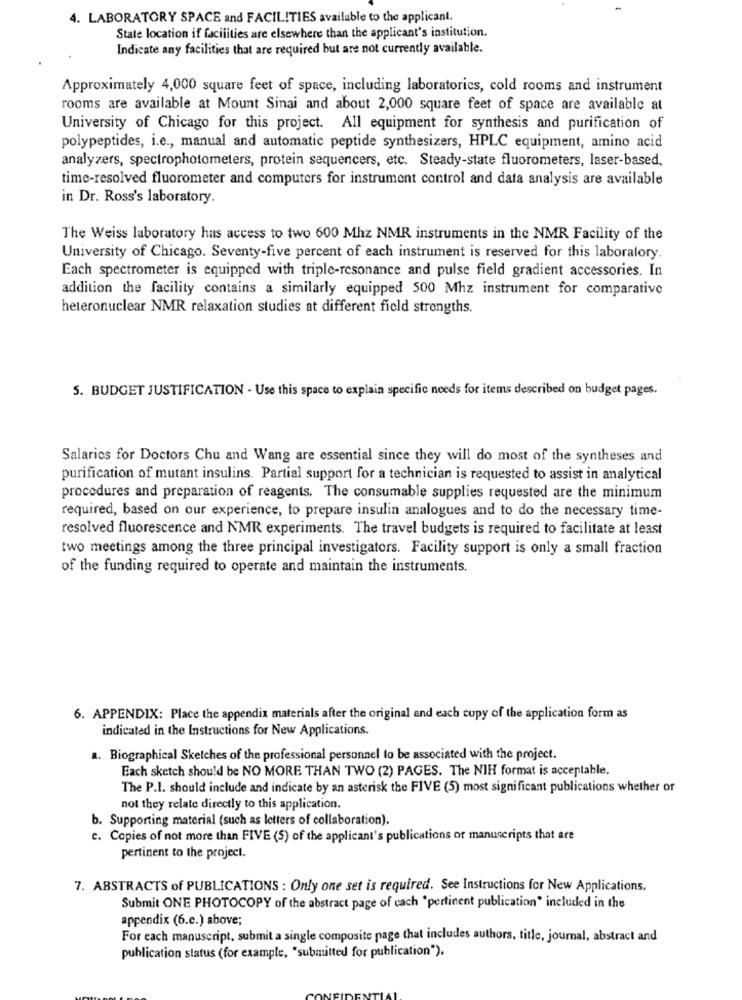
4. LABORATORY SPACE and FACILITIES available to the applicant.
State location if facilities are elsewhere than the applicant's institution.
Indicate any facilities that are required but are not currently available.
Approximately 4,000 square feet of space, including laboratorics, cold rooms and instrument
rooms are available at Mount Sinai and about 2,000 square feet of space are available at
University of Chicago for this project. All equipment for synthesis and purification of
polypeptides, i.e ., manual and automatic peptide synthesizers, HPLC equipment, amino acid
analyzers, spectrophotometers, protein sequencers, etc. Steady-state fluorometers, laser-based,
time-resolved fluorometer and computers for instrument control and data analysis are available
in Dr. Ross's laboratory.
The Weiss laboratory has access to two 600 Mhz NMR instruments in the NMR Facility of the
University of Chicago. Seventy-five percent of each instrument is reserved for this laboratory.
Each spectrometer is equipped with triple-resonance and pulse field gradient accessories. In
addition the facility contains a similarly equipped 500 Mhz instrument for comparative
heteronuclear NMR relaxation studies at different field strengths.
5. BUDGET JUSTIFICATION - Use this space to explain specific needs for items described on budget pages.
Salaries for Doctors Chu and Wang are essential since they will do most of the syntheses and
purification of mutant insulins. Partial support for a technician is requested to assist in analytical
procedures and preparation of reagents. The consumable supplies requested are the minimum
required, based on our experience, to prepare insulin analogues and to do the necessary time-
resolved fluorescence and NMR experiments. The travel budgets is required to facilitate at least
two meetings among the three principal investigators. Facility support is only a small fraction
of the funding required to operate and maintain the instruments.
6. APPENDIX: Place the appendix materials after the original and each copy of the application form as
indicated in the Instructions for New Applications.
a. Biographical Sketches of the professional personnel to be associated with the project.
Each sketch should be NO MORE THAN TWO (2) PAGES. The NIH format is acceptable,
The P.I. should include and indicate by an asterisk the FIVE (5) most significant publications whether or
not they relate directly to this application.
b. Supporting material (such as letters of collaboration).
c. Copies of not more than FIVE (5) of the applicant's publications or manuscripts that are
pertinent to the project.
7. ABSTRACTS of PUBLICATIONS : Only one set is required. See Instructions for New Applications.
Submit ONE PHOTOCOPY of the abstract page of cach "pertinent publication" included in the
appendix (6.c.) above;
For each manuscript, submit a single composite page that includes authors, title, journal, abstract and
publication status (for example, "submitted for publication").